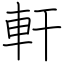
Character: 軒